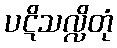
ပဋိသလ္လိတုံ